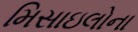
મિસાઇલોના